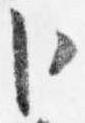
卜